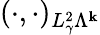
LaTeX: (\cdot,\cdot)_{L_{\gamma}^{2}\Lambda^{\mathbf{k}}}